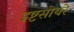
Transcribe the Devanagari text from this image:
इष्टसोयरे